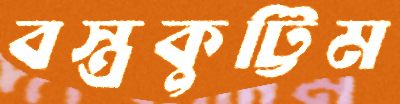
বস্ত্রকুট্টিম